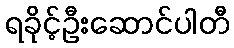
ရခိုင့်ဦးဆောင်ပါတီ